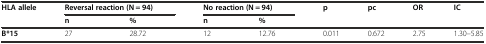
| HLA allele | <COLSPAN=2> Reversal reaction (N = 94) | <COLSPAN=2> No reaction (N = 94) | p | pc | OR | IC |
 |  | n | % | n | % |  |  |  |  |
 | --- | --- | --- | --- | --- | --- | --- | --- | --- |
 | B*15 | 27 | 28.72 | 12 | 12.76 | 0.011 | 0.672 | 2.75 | 1.30–5.85 |